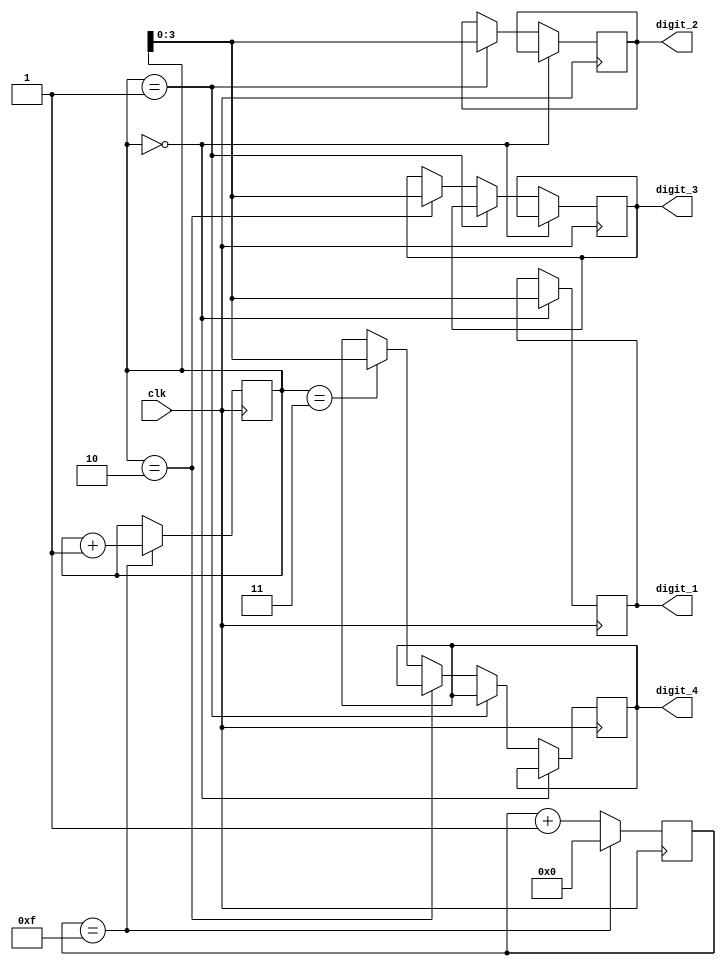
module binary_clock_divider (
    input wire clk, // system clock signal
    output wire [3:0] digit_1, // output signal for digit 1
    output wire [3:0] digit_2, // output signal for digit 2
    output wire [3:0] digit_3, // output signal for digit 3
    output wire [3:0] digit_4 // output signal for digit 4
);

reg [15:0] time_count; // register to store current time count
reg [3:0] counter; // counter to increment time count
parameter CLOCK_DIVISION_RATIO = 16; // predefined clock division ratio

always @(posedge clk) begin
    if (counter == CLOCK_DIVISION_RATIO - 1) begin
        time_count <= time_count + 1;
        counter <= 0;
    end else begin
        counter <= counter + 1;
    end
    
    if (time_count == 0) begin
        digit_1 <= time_count[3:0];
    end else if (time_count == 1) begin
        digit_2 <= time_count[3:0];
    end else if (time_count == 2) begin
        digit_3 <= time_count[3:0];
    end else if (time_count == 3) begin
        digit_4 <= time_count[3:0];
    end
end

endmodule